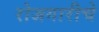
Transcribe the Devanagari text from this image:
रोजगारीचे